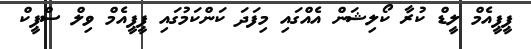
ޕީޕީއެމް ލީޑް ކުރާ ކޯލިޝަން އެއްގައި މިފަދަ ކަންކަމުގައި ޕީޕީއެމް ވިލް ސްޕީކް